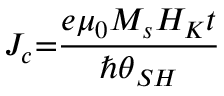
J _ { c } { = } \frac { e { \mu } _ { 0 } M _ { s } H _ { K } t } { { { \hslash } \theta } _ { S H } }